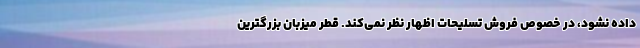
داده نشود، در خصوص فروش تسلیحات اظهار نظر نمی‌کند. قطر میزبان بزرگترین